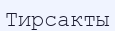
Тирсакты